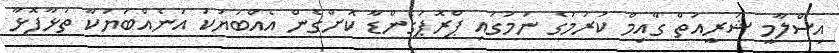
އިސްލާމީ ޝަރީއަތް ގާއިމް ކުރުމުގެ ނަމުގައި ޕްރޮޕަގެންޑާ ކޮށްގެން އެއްބަޔަކު އަނެއްބަޔަކާ ތަޅާފޮޅާ